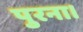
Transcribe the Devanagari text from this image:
पुरना।